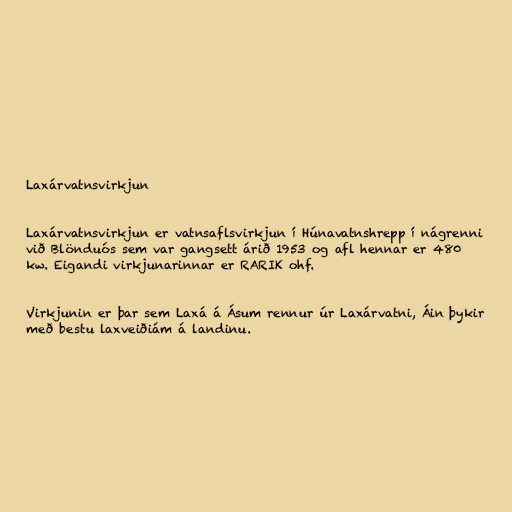
Laxárvatnsvirkjun

Laxárvatnsvirkjun er vatnsaflsvirkjun í Húnavatnshrepp í nágrenni
við Blönduós sem var gangsett árið 1953 og afl hennar er 480
kw. Eigandi virkjunarinnar er RARIK ohf.

Virkjunin er þar sem Laxá á Ásum rennur úr Laxárvatni, Áin þykir
með bestu laxveiðiám á landinu.